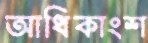
আধিকাংশ